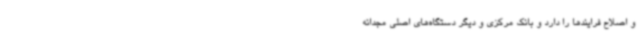
و اصلاح فرایندها را دارد و بانک مرکزی و دیگر دستگاه‌های اصلی مجدانه